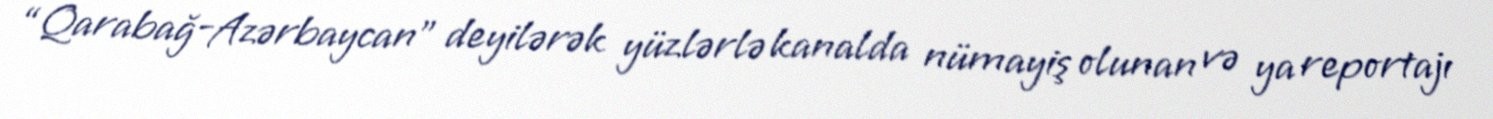
“Qarabağ-Azərbaycan” deyilərək yüzlərlə kanalda nümayiş olunan və ya reportajı